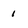
Character: 1